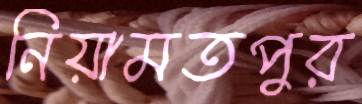
নিয়ামতপুর